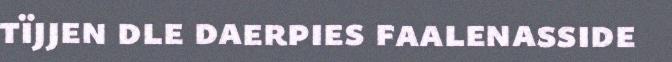
tïjjen dle daerpies faalenasside